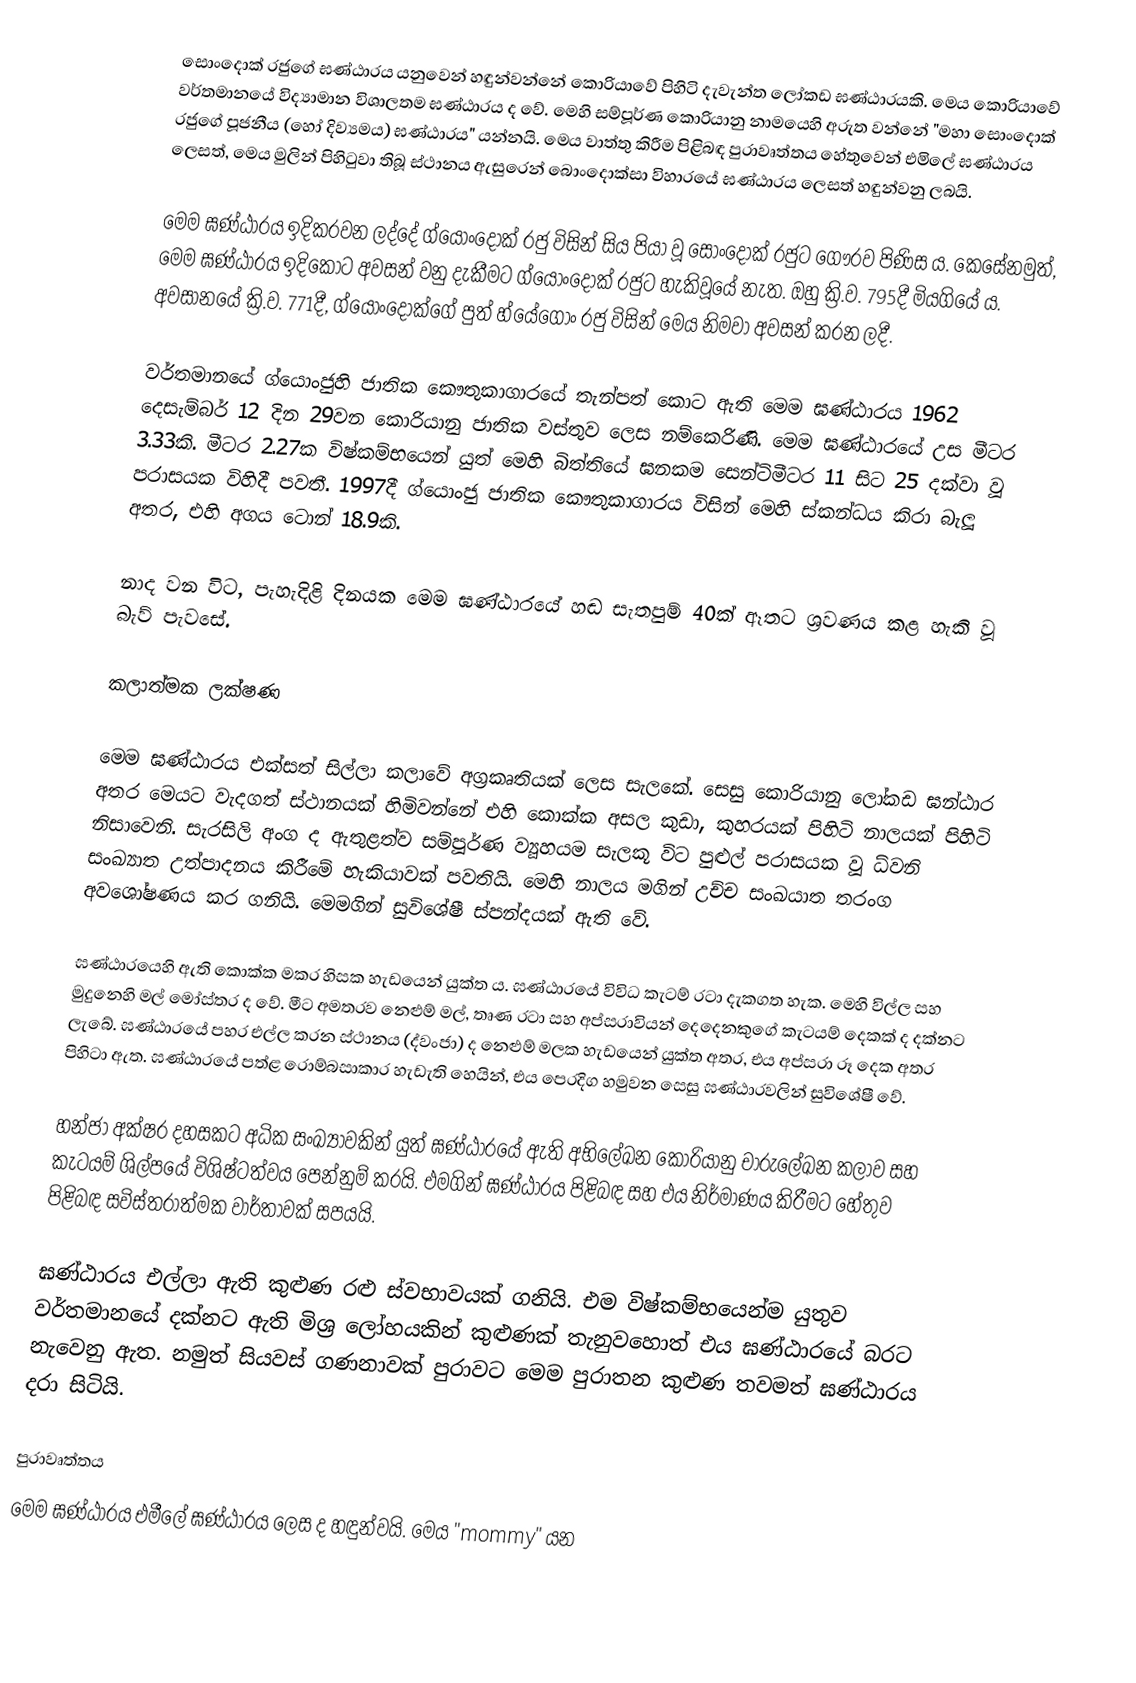
සොංදොක් රජුගේ ඝණ්ඨාරය යනුවෙන් හඳුන්වන්නේ කොරියාවේ පිහිටි දැවැන්ත ලෝකඩ ඝණ්ඨාරයකි. මෙය කොරියාවේ වර්තමානයේ විද්‍යාමාන විශාලතම ඝණ්ඨාරය ද වේ. මෙහි සම්පූර්ණ කොරියානු නාමයෙහි අරුත වන්නේ "මහා සොංදොක් රජුගේ පූජනීය (හෝ දිව්‍යමය) ඝණ්ඨාරය" යන්නයි. මෙය වාත්තු කිරීම පිළිබඳ පුරාවෘත්තය හේතුවෙන් එමිලේ ඝණ්ඨාරය ලෙසත්, මෙය මුලින් පිහිටුවා තිබූ ස්ථානය ඇසුරෙන් බොංදොක්සා විහාරයේ ඝණ්ඨාරය ලෙසත් හඳුන්වනු ලබයි.

මෙම ඝණ්ඨාරය ඉදිකරවන ලද්දේ ග්යොංදොක් රජු විසින් සිය පියා වූ සොංදොක් රජුට ගෞරව පිණිස ය. කෙසේනමුත්, මෙම ඝණ්ඨාරය ඉදිකොට අවසන් වනු දැකීමට ග්යොංදොක් රජුට හැකිවූයේ නැත. ඔහු ක්‍රි.ව. 795දී මියගියේ ය. අවසානයේ ක්‍රි.ව. 771දී, ග්යොංදොක්ගේ පුත් හ්යේගොං රජු විසින් මෙය නිමවා අවසන් කරන ලදී.

වර්තමානයේ ග්යොංජුහි ජාතික කෞතුකාගාරයේ තැන්පත් කොට ඇති මෙම ඝණ්ඨාරය 1962 දෙසැම්බර් 12 දින 29වන කොරියානු ජාතික වස්තුව ලෙස නම්කෙරිණි. මෙම ඝණ්ඨාරයේ උස මීටර 3.33කි. මීටර 2.27ක විෂ්කම්භයෙන් යුත් මෙහි බිත්තියේ ඝනකම සෙන්ටිමීටර 11 සිට 25 දක්වා වූ පරාසයක විහිදී පවතී. 1997දී ග්යොංජු ජාතික කෞතුකාගාරය විසින් මෙහි ස්කන්ධය කිරා බැලූ අතර, එහි අගය ටොන් 18.9කි.

නාද වන විට, පැහැදිළි දිනයක මෙම ඝණ්ඨාරයේ හඬ සැතපුම් 40ක් ඈතට ශ්‍රවණය කළ හැකි වූ බැව් පැවසේ.

කලාත්මක ලක්ෂණ

මෙම ඝණ්ඨාරය එක්සත් සිල්ලා කලාවේ අග්‍රකෘතියක් ලෙස සැලකේ. සෙසු කොරියානු ලෝකඩ ඝන්ඨාර අතර මෙයට වැදගත් ස්ථානයක් හිමිවන්නේ එහි කොක්ක අසල කුඩා, කුහරයක් පිහිටි නාලයක් පිහිටි නිසාවෙනි. සැරසිලි අංග ද ඇතුළත්ව සම්පූර්ණ ව්‍යූහයම සැලකූ විට පුළුල් පරාසයක වූ ධ්වනි සංඛ්‍යාත උත්පාදනය කිරීමේ හැකියාවක් පවතියි. මෙහි නාලය මගින් උච්ච සංඛයාත තරංග අවශෝෂණය කර ගනියි. ‍මෙමගින් සුවිශේෂී ස්පන්දයක් ඇති වේ.

ඝණ්ඨාරයෙහි ඇති කොක්ක මකර හිසක හැඩයෙන් යුක්ත ය. ඝණ්ඨාරයේ විවිධ කැටම් රටා දැකගත හැක. මෙහි විල්ල සහ මුදුනෙහි මල් මෝස්තර ද වේ. මීට අමතරව නෙළුම් මල්, තෘණ රටා සහ අප්සරාවියන් දෙදෙනකුගේ කැටයම් දෙකක් ද දක්නට ලැබේ. ඝණ්ඨාරයේ පහර එල්ල කරන ස්ථානය (ද්වංජා) ද නෙළුම් මලක හැඩයෙන් යුක්ත අතර, එය අප්සරා රූ දෙක අතර පිහිටා ඇත. ඝණ්ඨාරයේ පත්ළ රොම්බසාකාර හැඩැති හෙයින්, එය පෙරදිග හමුවන සෙසු ඝණ්ඨාරවලින් සුවිශේෂී වේ.

හන්ජා අක්ෂර දහසකට අධික සංඛ්‍යාවකින් යුත් ඝණ්ඨාරයේ ඇති අභිලේඛන කොරියානු චාරුලේඛන කලාව සහ කැටයම් ශිල්පයේ විශිෂ්ටත්වය පෙන්නුම් කරයි. එමගින් ඝණ්ඨාරය පිළිබඳ සහ එය නිර්මාණය කිරීමට හේතුව පිළිබඳ සවිස්තරාත්මක වාර්තාවක් සපයයි.

ඝණ්ඨාරය එල්ලා ඇති කුළුණ රළු ස්වභාවයක් ගනියි. එම විෂ්කම්භයෙන්ම යුතුව වර්තමානයේ දක්නට ඇති මිශ්‍ර ලෝහයකින් කුළුණක් තැනුවහොත් එය ඝණ්ඨාරයේ බරට නැවෙනු ඇත. නමුත් සියවස් ගණනාවක් පුරාවට මෙම පුරාතන කුළුණ තවමත් ඝණ්ඨාරය දරා සිටියි.

පුරාවෘත්තය
මෙම ඝණ්ඨාරය එමීලේ ඝණ්ඨාරය ලෙස ද හඳුන්වයි. මෙය "mommy" යන